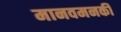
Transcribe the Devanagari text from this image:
मानवमनकी